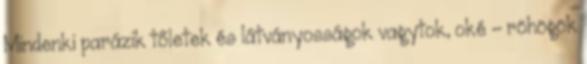
Mindenki parázik tőletek és látványosságok vagytok, oké - röhögök